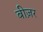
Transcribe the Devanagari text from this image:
बीज़र